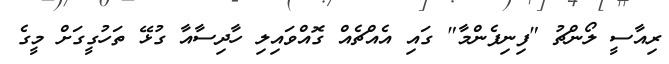
ރިއާސީ ލޯންޗު "ފިނިފެންމާ" ގައި އެއްޗެއް ގޮއްވައިލި ހާދިސާއާ ގުޅޭ ތަހުގީގަށް މީގެ